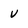
Character: v